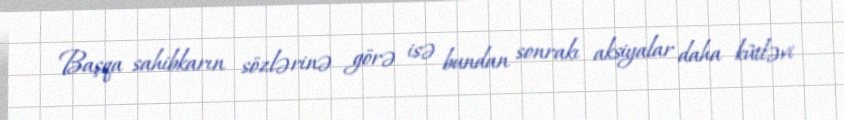
Başqa sahibkarın sözlərinə görə isə bundan sonrakı aksiyalar daha kütləvi